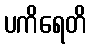
ပကိရေတိ